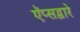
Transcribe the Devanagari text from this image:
ऍप्सद्वारे